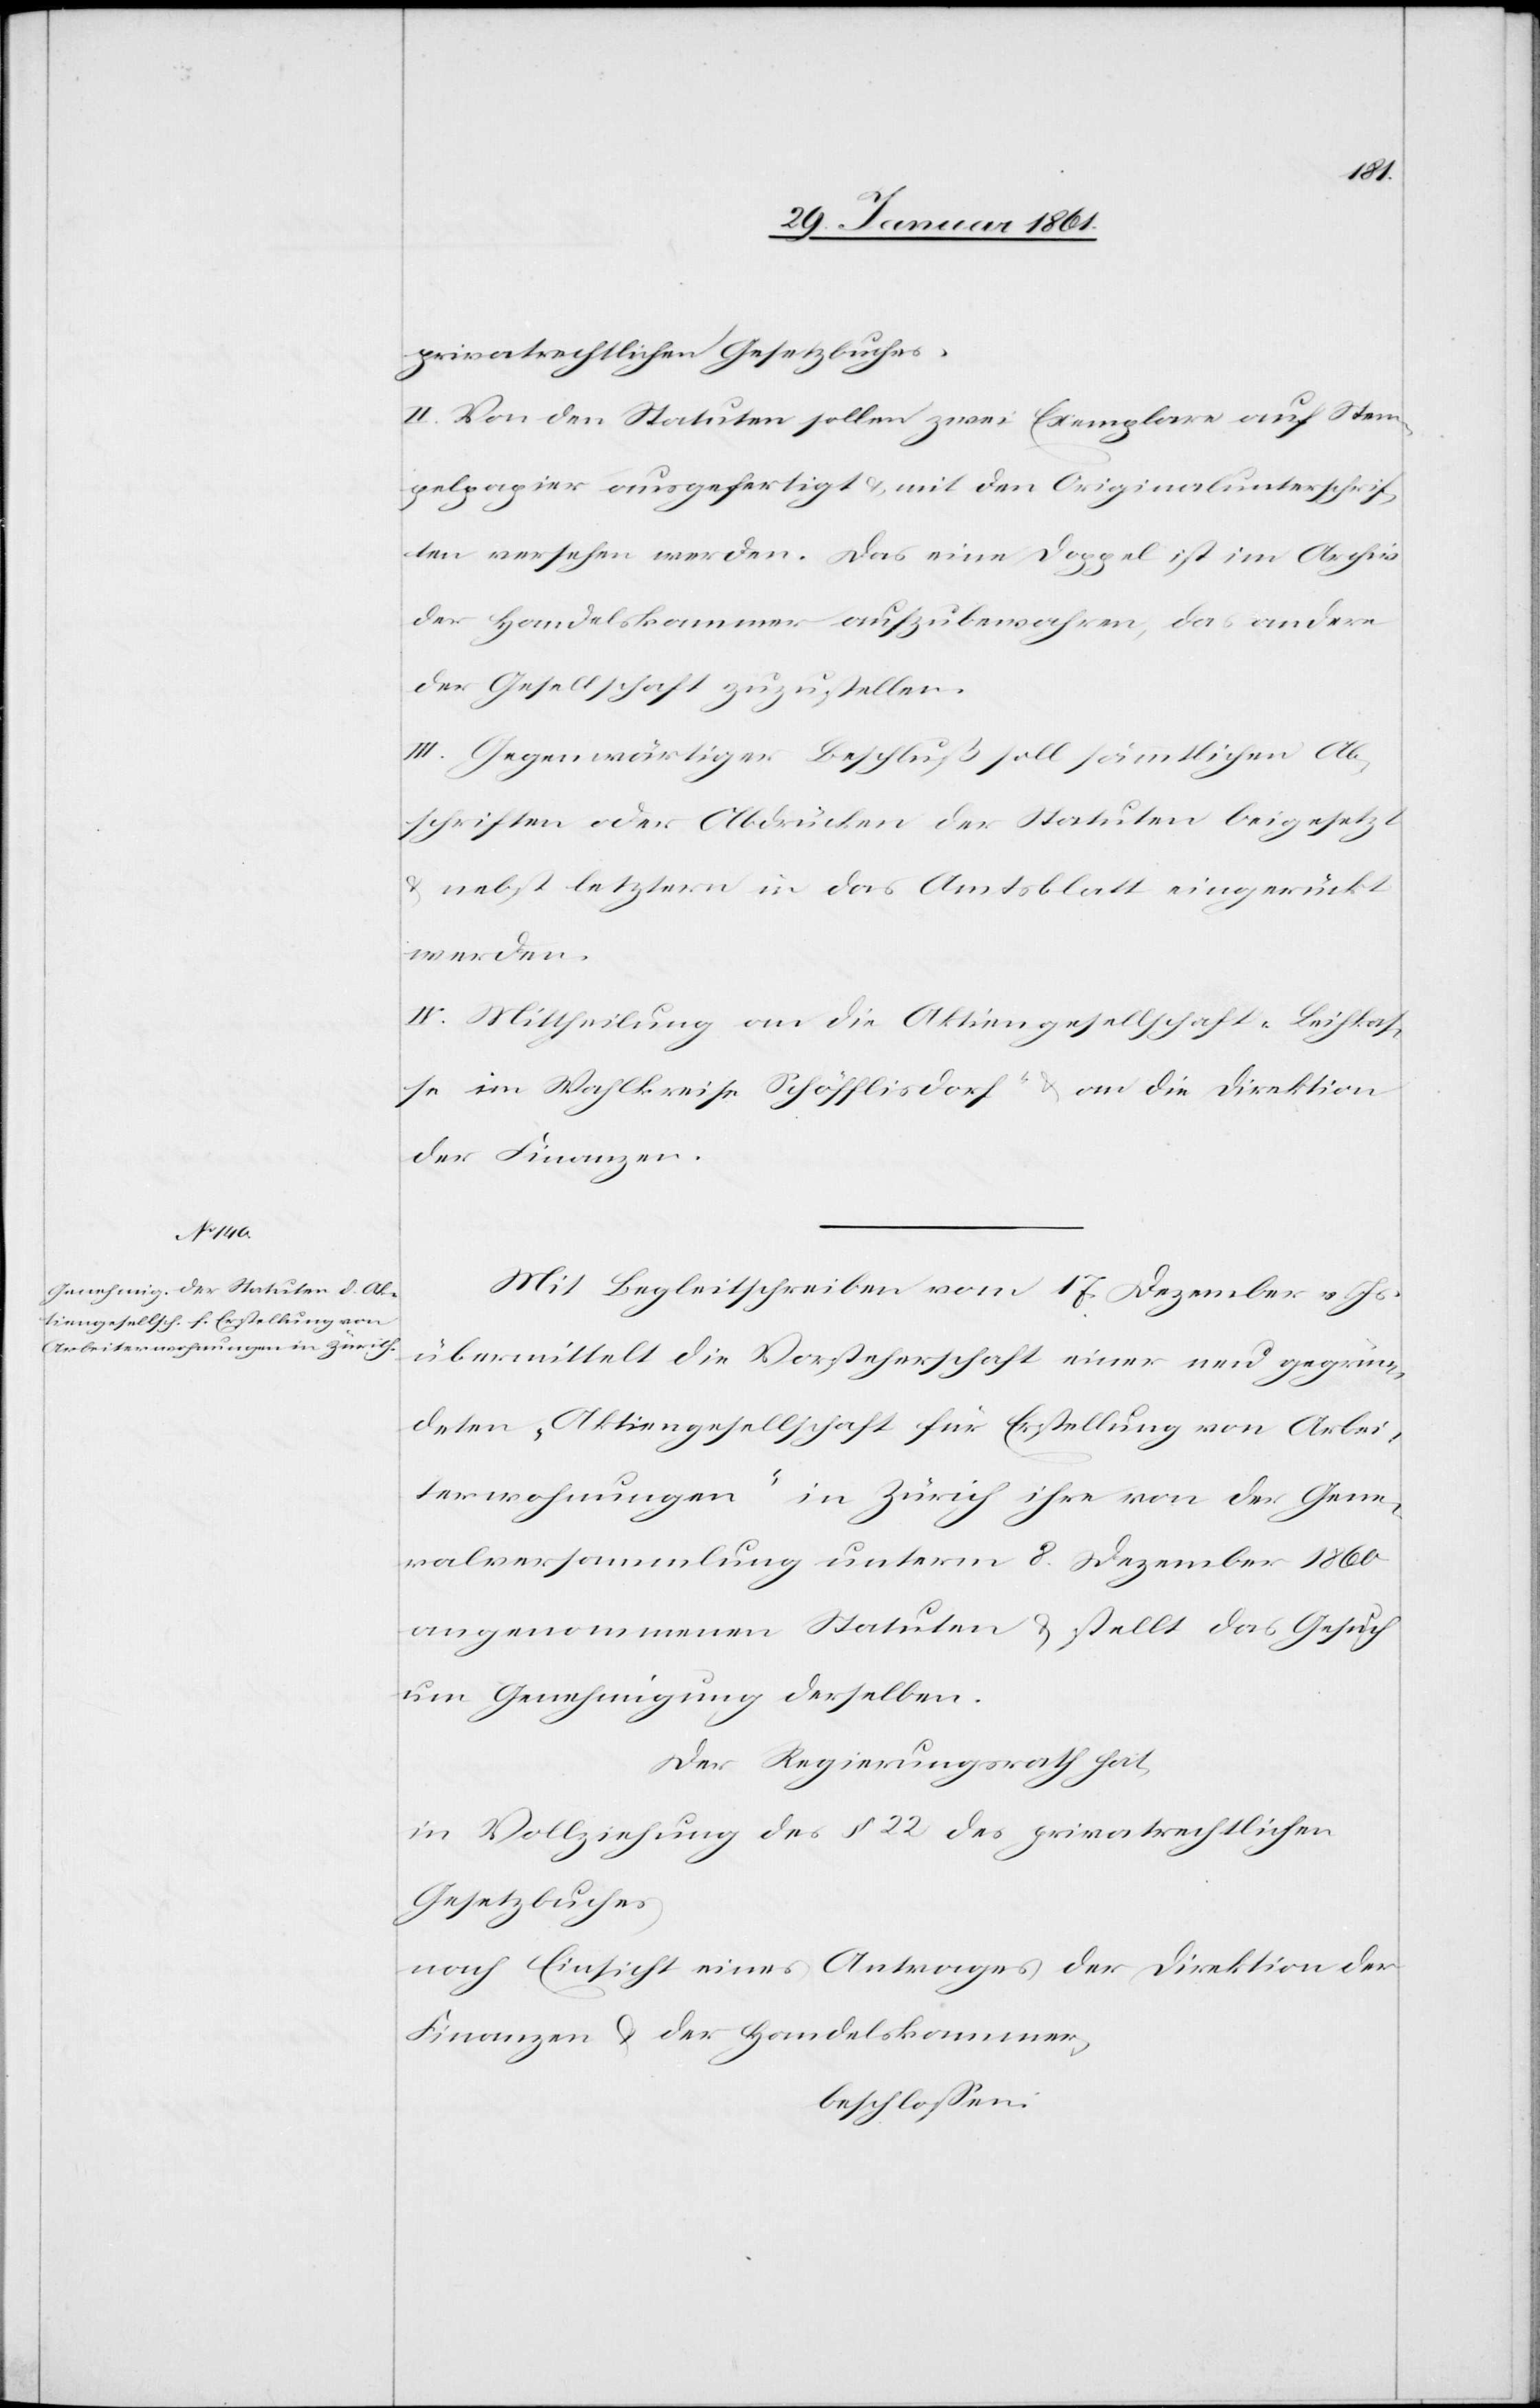
privatrechtlichen Gesetzbuches.
II. Von den Statuten sollen zwei Exemplare auf Stem¬
pelpapier ausgefertigt u. mit den Originalunterschrif¬
ten versehen werden. Das eine Doppel ist im Archiv
der Handelskammer aufzubewahren, das andere
der Gesellschaft zuzustellen.
III. Gegenwärtiger Beschluß soll sämtlichen Ab¬
schriften oder Abdrücken der Statuten beigesetzt
u. nebst letztern in das Amtsblatt eingerückt
werden.
IV. Mittheilung an die Aktiengesellschaft „Leihkas¬
se im Wahlkreise Schöfflisdorf“ u. an die Direktion
der Finanzen.
Mit Begleitschreiben vom 17. Dezember v. Js.
übermittelt die Vorsteherschaft einer neu gegrün¬
deten „Aktiengesellschaft für Erstellung von Arbei¬
terwohnungen“ in Zürich ihre von der Gene¬
ralversammlung unterm 8. Dezember 1860
angenommenen Statuten u. stellt das Gesuch
um Genehmigung derselben.
Der Regierungsrath hat
in Vollziehung des § 22 des privatrechtlichen
Gesetzbuches
nach Einsicht eines Antrages der Direktion der
Finanzen u. der Handelskammer,
beschlossen: